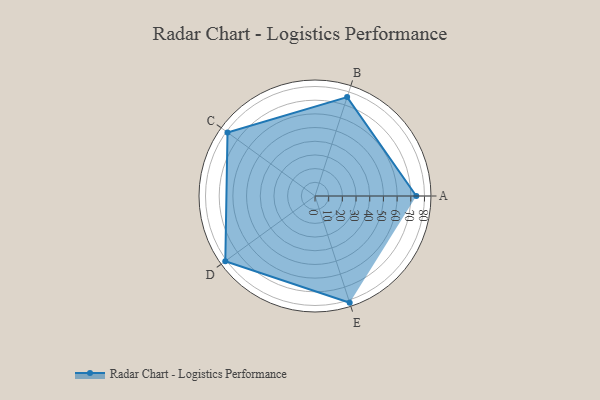
{"axis": {"x": "Skill", "y": "Score"}, "legend": ["Profile"], "data": [{"x": "A", "y": 74.0, "type": "Profile"}, {"x": "B", "y": 76.0, "type": "Profile"}, {"x": "C", "y": 79.0, "type": "Profile"}, {"x": "D", "y": 81.0, "type": "Profile"}, {"x": "E", "y": 82.0, "type": "Profile"}]}